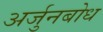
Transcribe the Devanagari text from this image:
अर्जुनबोध